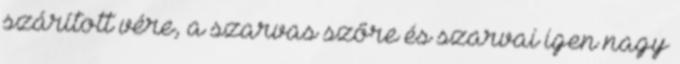
szárított vére, a szarvas szőre és szarvai igen nagy